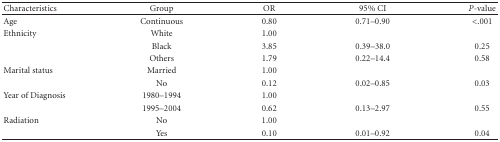
<table><thead><tr><td><b>Characteristics</b></td><td><b> Group</b></td><td><b> OR</b></td><td><b> 95% CI</b></td><td><b><i>P</i>-value</b></td></tr></thead><tbody><tr><td>Age</td><td>Continuous</td><td>0.80</td><td>0.71–0.90</td><td>&lt;.001</td></tr><tr><td>Ethnicity</td><td>White</td><td>1.00</td><td></td><td></td></tr><tr><td></td><td>Black</td><td>3.85</td><td>0.39–38.0</td><td>0.25</td></tr><tr><td></td><td>Others</td><td>1.79</td><td>0.22–14.4</td><td>0.58</td></tr><tr><td>Marital status</td><td>Married</td><td>1.00</td><td></td><td></td></tr><tr><td></td><td>No</td><td>0.12</td><td>0.02–0.85</td><td>0.03</td></tr><tr><td>Year of Diagnosis</td><td>1980–1994</td><td>1.00</td><td></td><td></td></tr><tr><td></td><td>1995–2004</td><td>0.62</td><td>0.13–2.97</td><td>0.55</td></tr><tr><td>Radiation</td><td>No</td><td>1.00</td><td></td><td></td></tr><tr><td></td><td>Yes</td><td>0.10</td><td>0.01–0.92</td><td>0.04</td></tr></tbody></table>